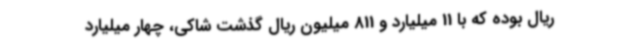
ریال بوده که با 11 میلیارد و 811 میلیون ریال گذشت شاکی، چهار میلیارد